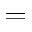
\textsc { = }